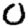
Digit: 0